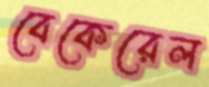
বেকেরেল